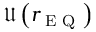
\mathfrak { U } \left( r _ { \textnormal { E Q } } \right)